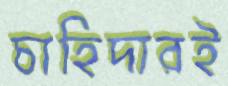
চাহিদারই